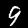
Label: 9